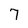
Character: 7